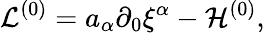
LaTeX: {\cal L}^{(0)}=a_{\alpha}\partial_{0}{\xi}^{\alpha}-{\cal H}^{(0)},